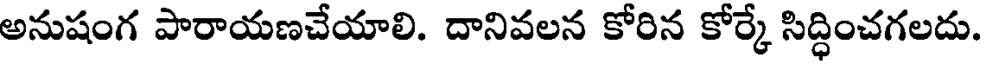
అనుషంగ పారాయణచేయాలి. దానివలన కోరిన కోర్కే సిద్ధించగలదు.